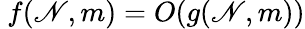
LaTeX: ~f(\mathscr{N},m)=O(g(\mathscr{N},m))